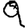
Digit: 9